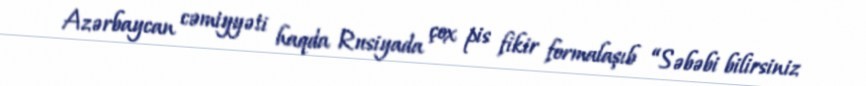
Azərbaycan cəmiyyəti haqda Rusiyada çox pis fikir formalaşıb “Səbəbi bilirsiniz